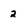
Character: 2